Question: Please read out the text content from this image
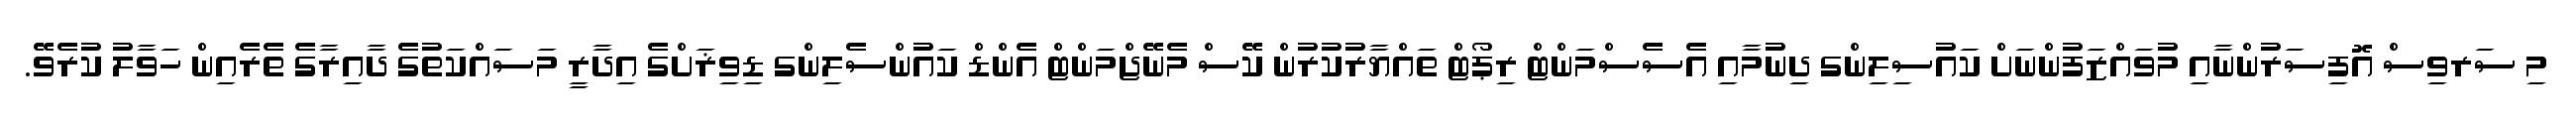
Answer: މި ސަރވިސް އޮފިސަރުންނާއި މުވައްޒަފުންނަށް ކައުސިލިންގ ދިނުމާއި އެސެސްމަންޓް ރިޕޯޓް ތައްޔާރުކުރުން ކޭސް މެނޭޖްމަންޓް އެންޑް ކައުންސެލިންގ ޑިވިޜަށްގެ އިދާރީ މަސައްކަތުގެ ދާއިރާގެ ތެރެއިން ހަވާލު ކުރެވޭ.